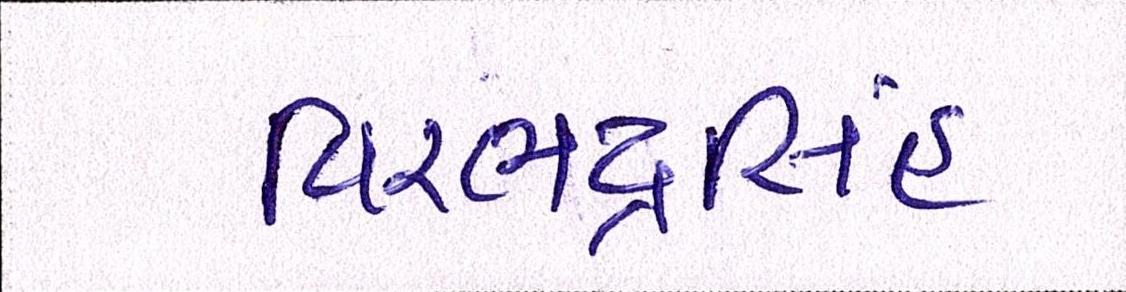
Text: વિરભદ્રસિંહ